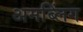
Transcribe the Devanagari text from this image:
अमब्लिंग